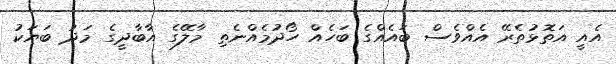
އެއީ އަތޮޅުތެރޭ އެއްވެސް ބައެއްގެ ބަހެއް ހޯދުމެއްނެތި މާލޭގެ އާބާދީގެ މަދު ބަޔަކު